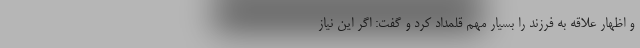
و اظهار علاقه به فرزند را بسیار مهم قلمداد کرد و گفت: اگر این نیاز